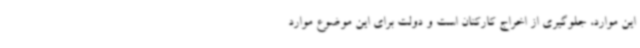
این موارد، جلوگیری از اخراج کارکنان است و دولت برای این موضوع موارد